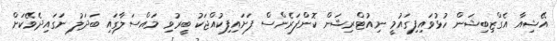
އޭޝިއާ އެގްޒިބިޝަން ހުޅުވައިފިގައުމީ ނިއުޓްރިޝަން ކޮންފަރެންސް ފަށައިފިކުއްޖަކު ބީރުވި މައްސަލާގައި ބަދަލު ނަގައިދެވޭކަށް